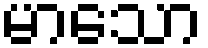
မာသော